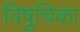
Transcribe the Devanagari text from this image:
विषुचिका